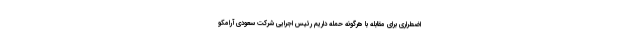
اضطراری برای مقابله با هرگونه حمله داریم رئیس اجرایی شرکت سعودی آرامکو